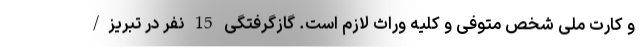
و کارت ملی شخص متوفی و کلیه وراث لازم است. گازگرفتگی 15 نفر در تبریز/